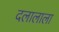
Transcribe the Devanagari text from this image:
दलालाला